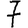
Digit: 7